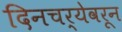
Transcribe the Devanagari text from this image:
दिनचर्येवरून